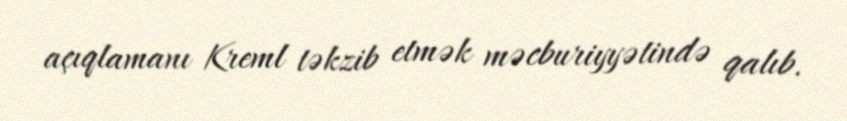
açıqlamanı Kreml təkzib etmək məcburiyyətində qalıb.